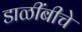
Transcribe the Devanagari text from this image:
डाळींबीचे